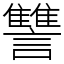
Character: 讐